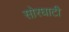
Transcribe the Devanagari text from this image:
सोरघाटी